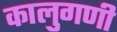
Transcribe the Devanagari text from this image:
कालुगणी